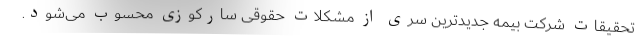
تحقیقات شرکت بیمه جدیدترین سری از مشکلات حقوقی سارکوزی محسوب می‌شود.